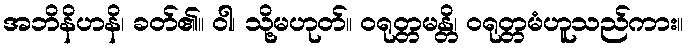
အဘိနိဟနိ၊ ခတ်၏။ ဝါ၊ သို့မဟုတ်။ ဝရုတ္တမန္တိ၊ ဝရုတ္တမံဟူသည်ကား။